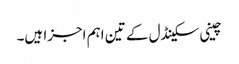
چینی سکینڈل کے تین اہم اجزا ہیں۔